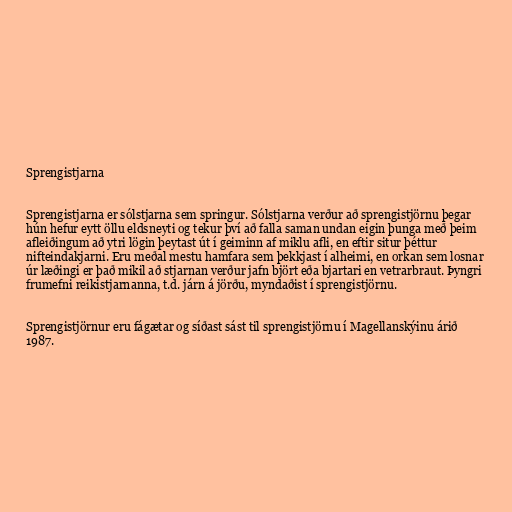
Sprengistjarna

Sprengistjarna er sólstjarna sem springur. Sólstjarna verður að sprengistjörnu þegar
hún hefur eytt öllu eldsneyti og tekur því að falla saman undan eigin þunga með þeim
afleiðingum að ytri lögin þeytast út í geiminn af miklu afli, en eftir situr þéttur
nifteindakjarni. Eru meðal mestu hamfara sem þekkjast í alheimi, en orkan sem losnar
úr læðingi er það mikil að stjarnan verður jafn björt eða bjartari en vetrarbraut. Þyngri
frumefni reikistjarnanna, t.d. járn á jörðu, myndaðist í sprengistjörnu.

Sprengistjörnur eru fágætar og síðast sást til sprengistjörnu í Magellanskýinu árið
1987.